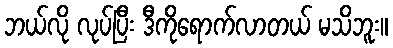
ဘယ်လို လုပ်ပြီး ဒီကိုရောက်လာတယ် မသိဘူး။